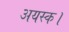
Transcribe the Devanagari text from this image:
अयस्क।